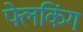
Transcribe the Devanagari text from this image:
फ्लेकिंग